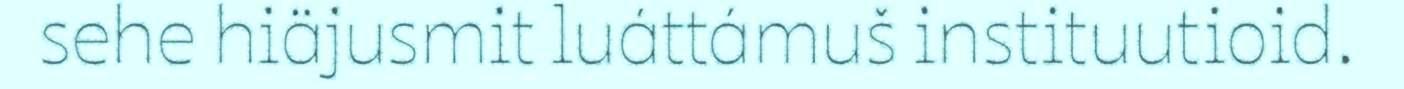
sehe hiäjusmit luáttámuš instituutioid.